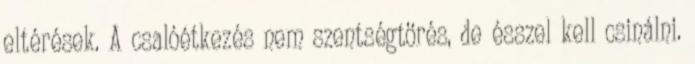
eltérések. A csalóétkezés nem szentségtörés, de ésszel kell csinálni.